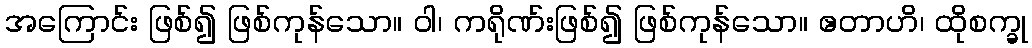
အကြောင်း ဖြစ်၍ ဖြစ်ကုန်သော။ ဝါ၊ ကရိုဏ်းဖြစ်၍ ဖြစ်ကုန်သော။ ဧတာဟိ၊ ထိုစက္ခု